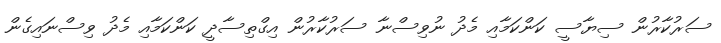
ސަރުކާރުން ސިޔާސީ ކަންކަމާއި މެދު ނުވިސްނާ ސަރުކާރުން އިގްތިސާދީ ކަންކަމާއި މެދު ވިސްނައިގެން